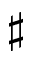
\sharp